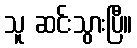
သူ ဆင်းသွားပြီ။